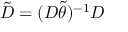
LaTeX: \tilde { D } = ( D \tilde { \theta } ) ^ { - 1 } D